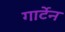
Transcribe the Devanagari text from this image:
गार्टेन